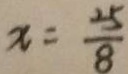
x = \frac { 2 5 } { 8 }